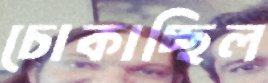
চোকাচ্ছিল